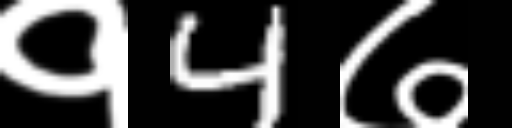
Text: १4७